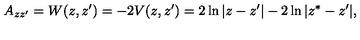
A _ { z z ^ { \prime } } = W ( z , z ^ { \prime } ) = - 2 V ( z , z ^ { \prime } ) = 2 \ln | z - z ^ { \prime } | - 2 \ln | z ^ { * } - z ^ { \prime } | ,